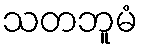
သတဘူမံ